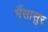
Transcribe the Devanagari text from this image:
भैंसासुर